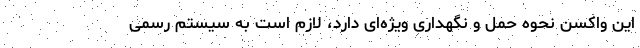
این واکسن نحوه حمل و نگهداری ویژه‌ای دارد، لازم است به سیستم رسمی